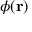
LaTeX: \phi ( \mathbf { r } )